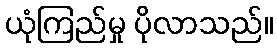
ယုံကြည်မှု ပိုလာသည်။